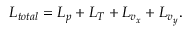
L _ { t o t a l } = L _ { p } + L _ { T } + L _ { v _ { x } } + L _ { v _ { y } } .